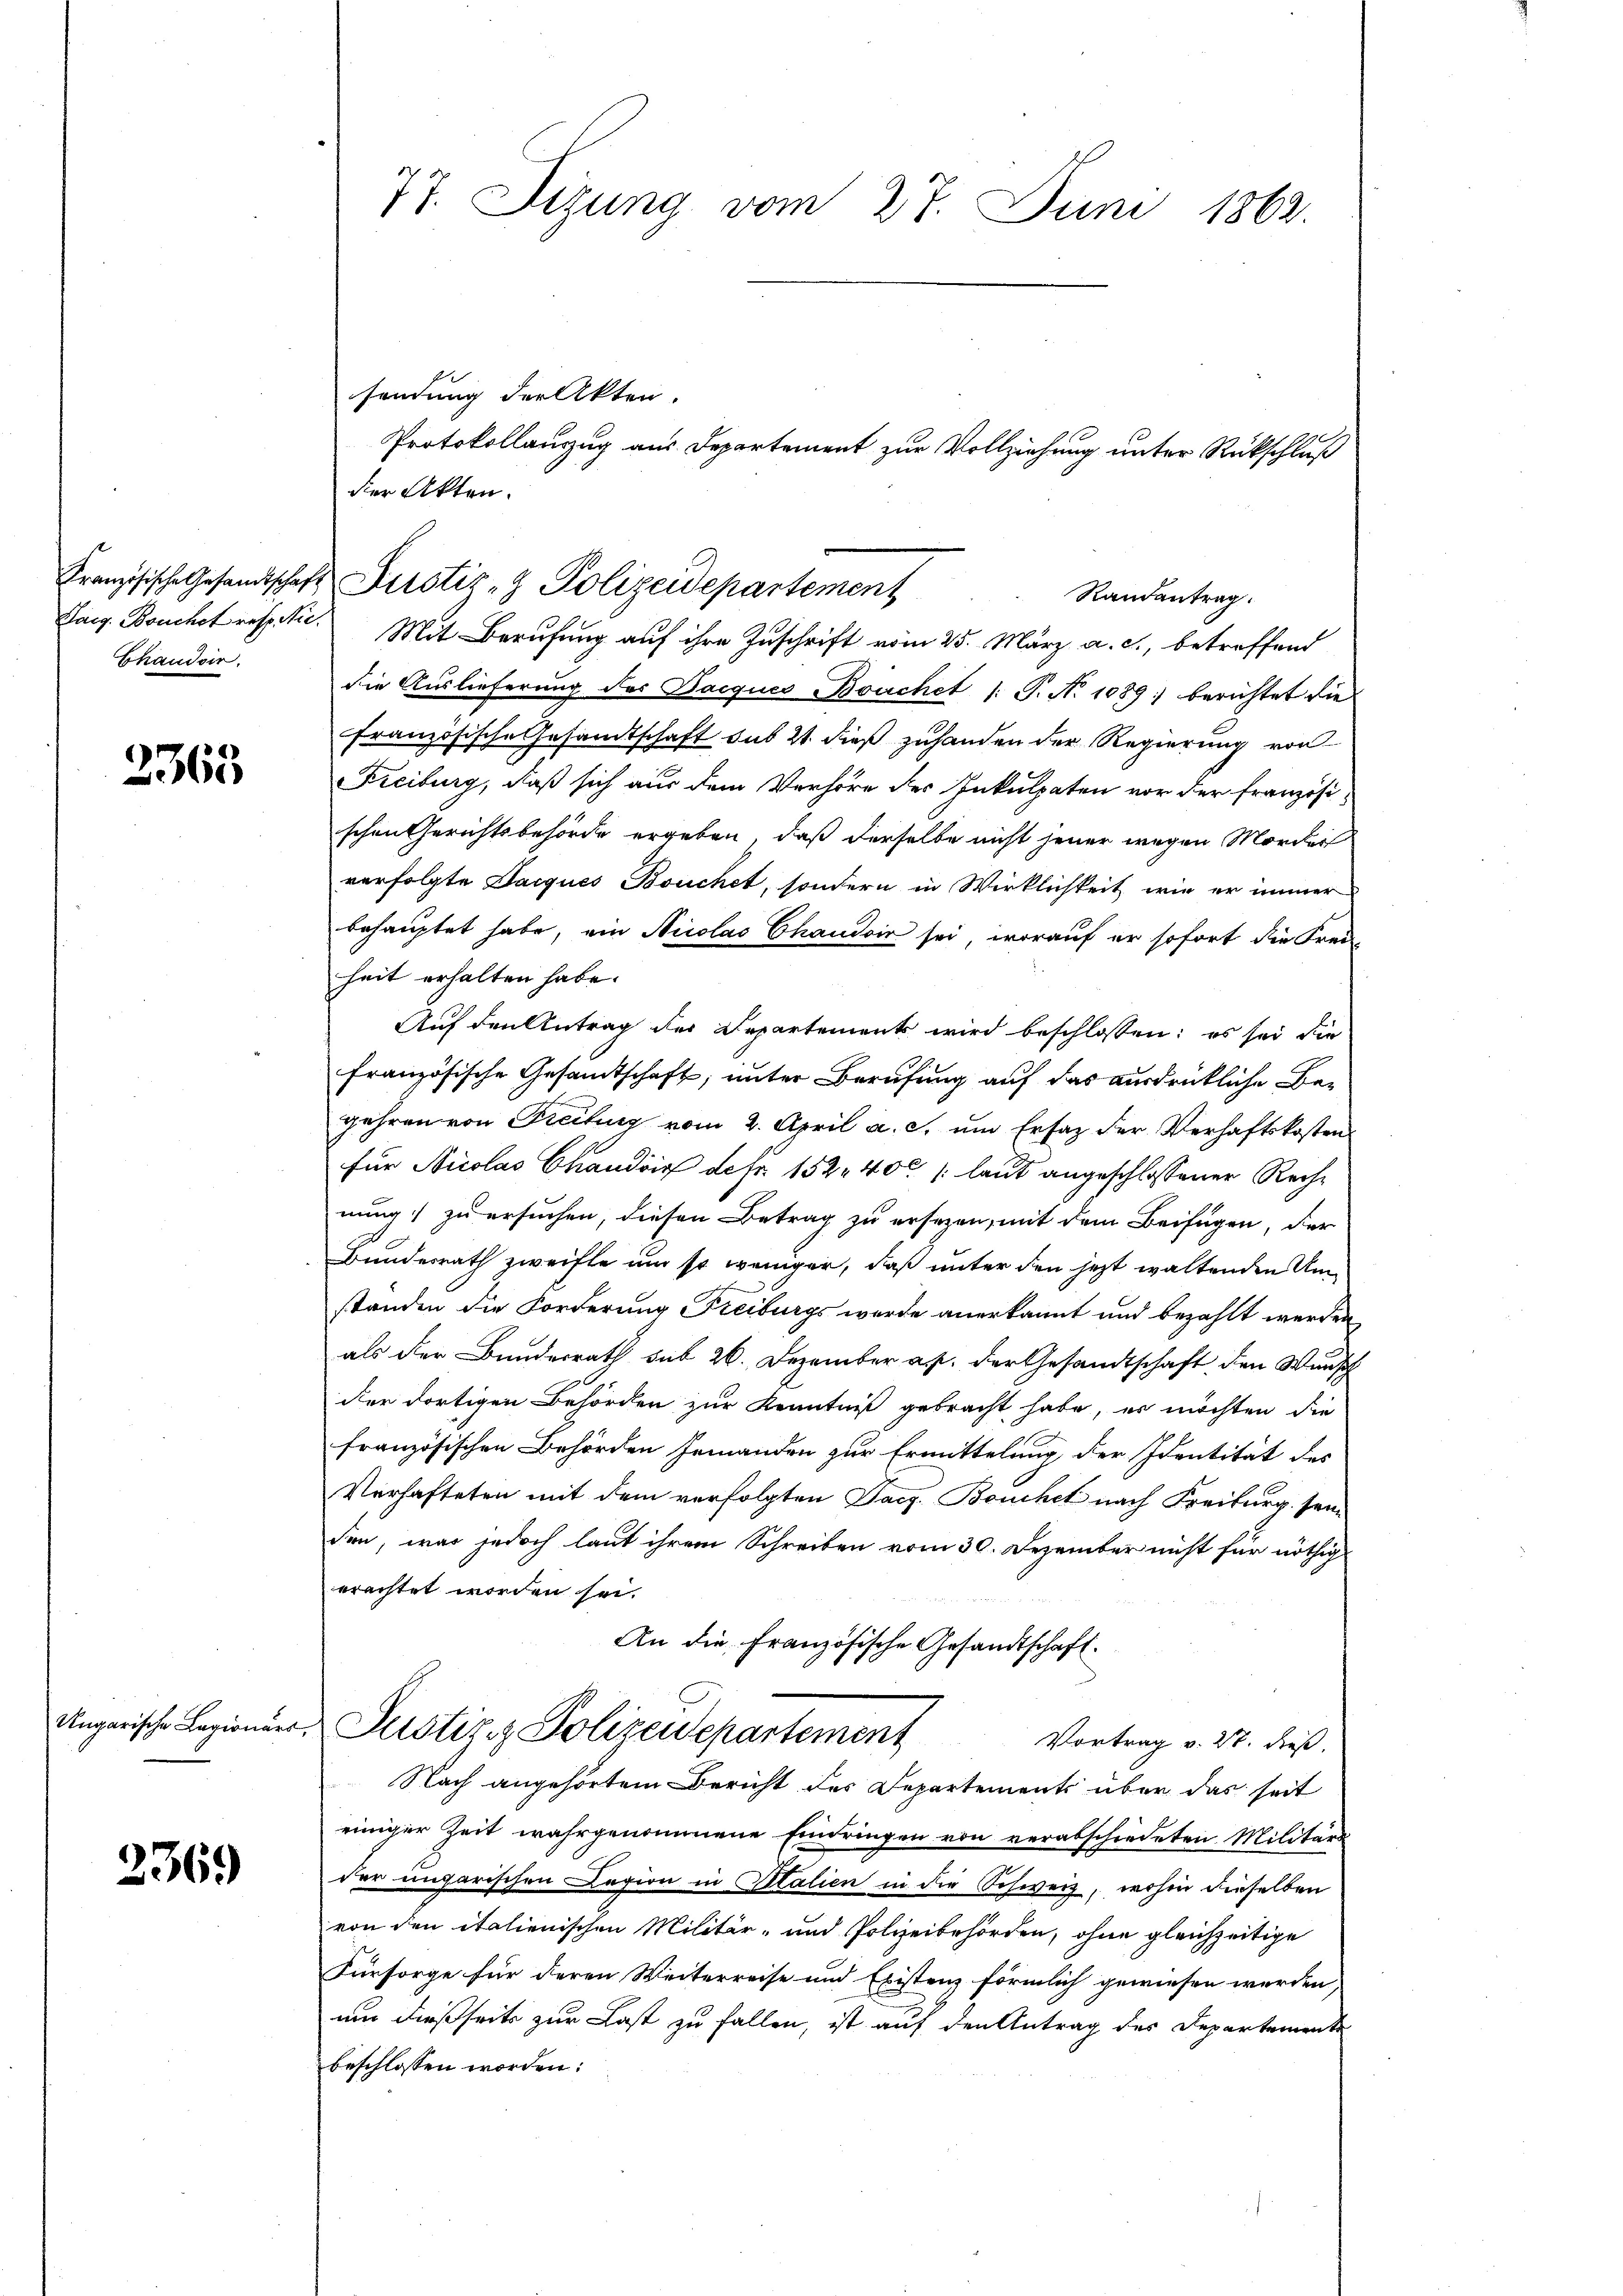
Chaudoir.

3363

2369

sendung der Akten.
der Akten.
Randantrag.
Sarg. Bouchet respitie. Mit Berufung auf ihre Zuschrift vom 25. März a. c., betreffend
die Auslieferung des Dacques Bouchet /: P. No 1089; berichtet die
französische Gesandtschaft sub 21. dieß zuhanden der Regierung von
Freiburg, daß sich aus dem Verhöre des Inkulpaten vor der französischen Gerichtsbehörde ergeben, daß derselbe nicht jener wegen Morder
verfolgte Jacques Bouchet, sondern in Wirklichkeit wie er immer
behauptet habe, ein Nicolas Chaudois sei, worauf er sofort die Frei
heit erhalten habe.
Auf den Antrag der Departements wird beschlossen: es sei die
französische Gesamtschaft, unter Berufung auf das ausdrückliche Begehren von Freitig vom 2. April a. c. ŭm Ersatz der Verhaftskosten
für Nicolas Candis defr. 152. 400 laut angeschlossener Rechnung zu ersuchen, diesen Betrag zu ersezen, mit dem Beifügen, der
Bundesrath zweifle um so weniger, daß unter den jetzt waltenden Umstanden die Forderung Freiburgs wurde anerkannt und bezahlt werden
als der Bundesrath sub 26. Dezember a. p. der Gesandtschaft den Wunsch
der dortigen Behörden zur Kenntniß gebracht habe, er möchten die
französischen Behörden jemanden zur Ermittelung der Identität des
Verhafteten mit dem verfolgten Jac. Beuchet nach Freiburg sein
sen, was jedoch laut ihrem Schreiben vom 30. Dezember nicht für nöthig
erachtet worden sei.
An die Französische Gesandtschaft.
Ungarische Legioner Justiz & Polizeidepartement
Vortrag v. 27. dieß.
Nach angehörtem Bericht des Departements über das seit
einiger Zeit wahrgenommene Eindringen von verabschiedeten Militär
der ungarischen Laxion in Malien in die Schweiz, wohin dieselben
von den italienischen Militär- und Polizeibehörden, ohne gleichzeitige
Fürsorge für deren Weiterreise und Existenz förmlich gewiesen werden,
um dießseits zur Last zu fallen, ist auf den Antrag des Departemente
beschlossen worden:

77. Sizung vom 27. Juni 1862.

Französische Gesandtschaft Prostiz- & Polizeidepartement

Protokollanzug aus Departement zur Vollziehung unter Rückschluß